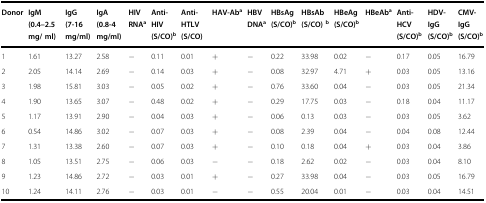
<table><thead><tr><td><b>Donor</b></td><td><b>IgM (0.4–2.5 mg/ ml)</b></td><td><b>IgG (7-16 mg/ml)</b></td><td><b>IgA (0.8-4 mg/ml)</b></td><td><b>HIV RNA<sup>a</sup></b></td><td><b>Anti-HIV (S/CO)<sup>b</sup></b></td><td><b>Anti-HTLV (S/CO)</b></td><td><b>HAV-Ab<sup>a</sup></b></td><td><b>HBV DNA<sup>a</sup></b></td><td><b>HBsAg (S/CO)<sup>b</sup></b></td><td><b>HBsAb (S/CO) <sup>b</sup></b></td><td><b>HBeAg (S/CO)<sup>b</sup></b></td><td><b>HBeAb<sup>a</sup></b></td><td><b>Anti-HCV (S/CO)<sup>b</sup></b></td><td><b>HDV-IgG (S/CO)<sup>b</sup></b></td><td><b>CMV-IgG (S/CO)<sup>b</sup></b></td></tr></thead><tbody><tr><td>1</td><td>1.61</td><td>13.27</td><td>2.58</td><td>−</td><td>0.11</td><td>0.01</td><td>+</td><td>−</td><td>0.22</td><td>33.98</td><td>0.02</td><td>−</td><td>0.17</td><td>0.05</td><td>16.79</td></tr><tr><td>2</td><td>2.05</td><td>14.14</td><td>2.69</td><td>−</td><td>0.14</td><td>0.03</td><td>+</td><td>−</td><td>0.08</td><td>32.97</td><td>4.71</td><td>+</td><td>0.03</td><td>0.05</td><td>13.16</td></tr><tr><td>3</td><td>1.98</td><td>15.81</td><td>3.03</td><td>−</td><td>0.05</td><td>0.02</td><td>+</td><td>−</td><td>0.76</td><td>33.60</td><td>0.04</td><td>−</td><td>0.03</td><td>0.05</td><td>21.34</td></tr><tr><td>4</td><td>1.90</td><td>13.65</td><td>3.07</td><td>−</td><td>0.48</td><td>0.02</td><td>+</td><td>−</td><td>0.29</td><td>17.75</td><td>0.03</td><td>−</td><td>0.18</td><td>0.04</td><td>11.17</td></tr><tr><td>5</td><td>1.17</td><td>13.91</td><td>2.90</td><td>−</td><td>0.04</td><td>0.03</td><td>+</td><td>−</td><td>0.06</td><td>0.13</td><td>0.03</td><td>−</td><td>0.03</td><td>0.05</td><td>3.62</td></tr><tr><td>6</td><td>0.54</td><td>14.86</td><td>3.02</td><td>−</td><td>0.07</td><td>0.03</td><td>+</td><td>−</td><td>0.08</td><td>2.39</td><td>0.04</td><td>−</td><td>0.04</td><td>0.08</td><td>12.44</td></tr><tr><td>7</td><td>1.31</td><td>13.38</td><td>2.60</td><td>−</td><td>0.07</td><td>0.03</td><td>+</td><td>−</td><td>0.10</td><td>0.18</td><td>0.04</td><td>+</td><td>0.03</td><td>0.04</td><td>3.86</td></tr><tr><td>8</td><td>1.05</td><td>13.51</td><td>2.75</td><td>−</td><td>0.06</td><td>0.03</td><td>−</td><td>−</td><td>0.18</td><td>2.62</td><td>0.02</td><td>−</td><td>0.03</td><td>0.04</td><td>8.10</td></tr><tr><td>9</td><td>1.23</td><td>14.86</td><td>2.72</td><td>−</td><td>0.03</td><td>0.01</td><td>+</td><td>−</td><td>0.27</td><td>33.98</td><td>0.04</td><td>−</td><td>0.03</td><td>0.05</td><td>16.79</td></tr><tr><td>10</td><td>1.24</td><td>14.11</td><td>2.76</td><td>−</td><td>0.03</td><td>0.01</td><td>−</td><td>−</td><td>0.55</td><td>20.04</td><td>0.01</td><td>−</td><td>0.03</td><td>0.04</td><td>14.51</td></tr></tbody></table>